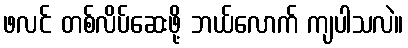
ဖလင် တစ်လိပ်ဆေးဖို့ ဘယ်လောက် ကျပါသလဲ။